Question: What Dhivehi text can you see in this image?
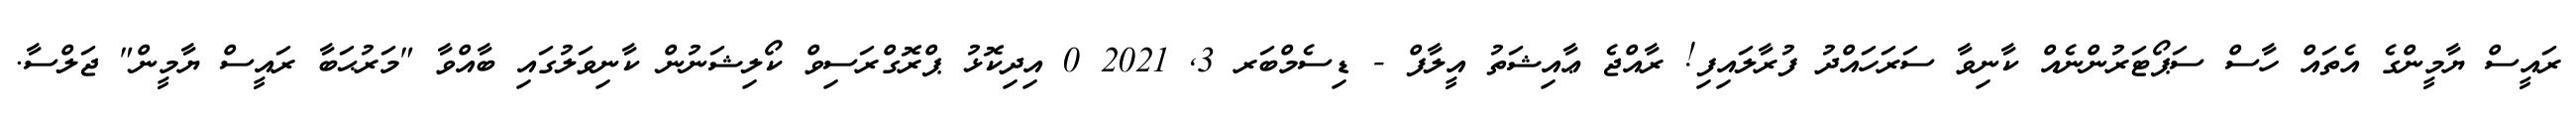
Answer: ރައީސް ޔާމީންގެ އެތައް ހާސް ސަޕޯޓަރުންނެއް ކާނިވާ ސަރަހައްދު ފުރާލައިފި! ރާއްޖެ ޢާއިޝަތު އީލާފް - ޑިސެމްބަރ 3, 2021 0 އިދިކޮޅު ޕްރޮގްރަސިވް ކޯލިޝަނުން ކާނިވަލުގައި ބާއްވާ "މަރުޙަބާ ރައީސް ޔާމީން" ޖަލްސާ.